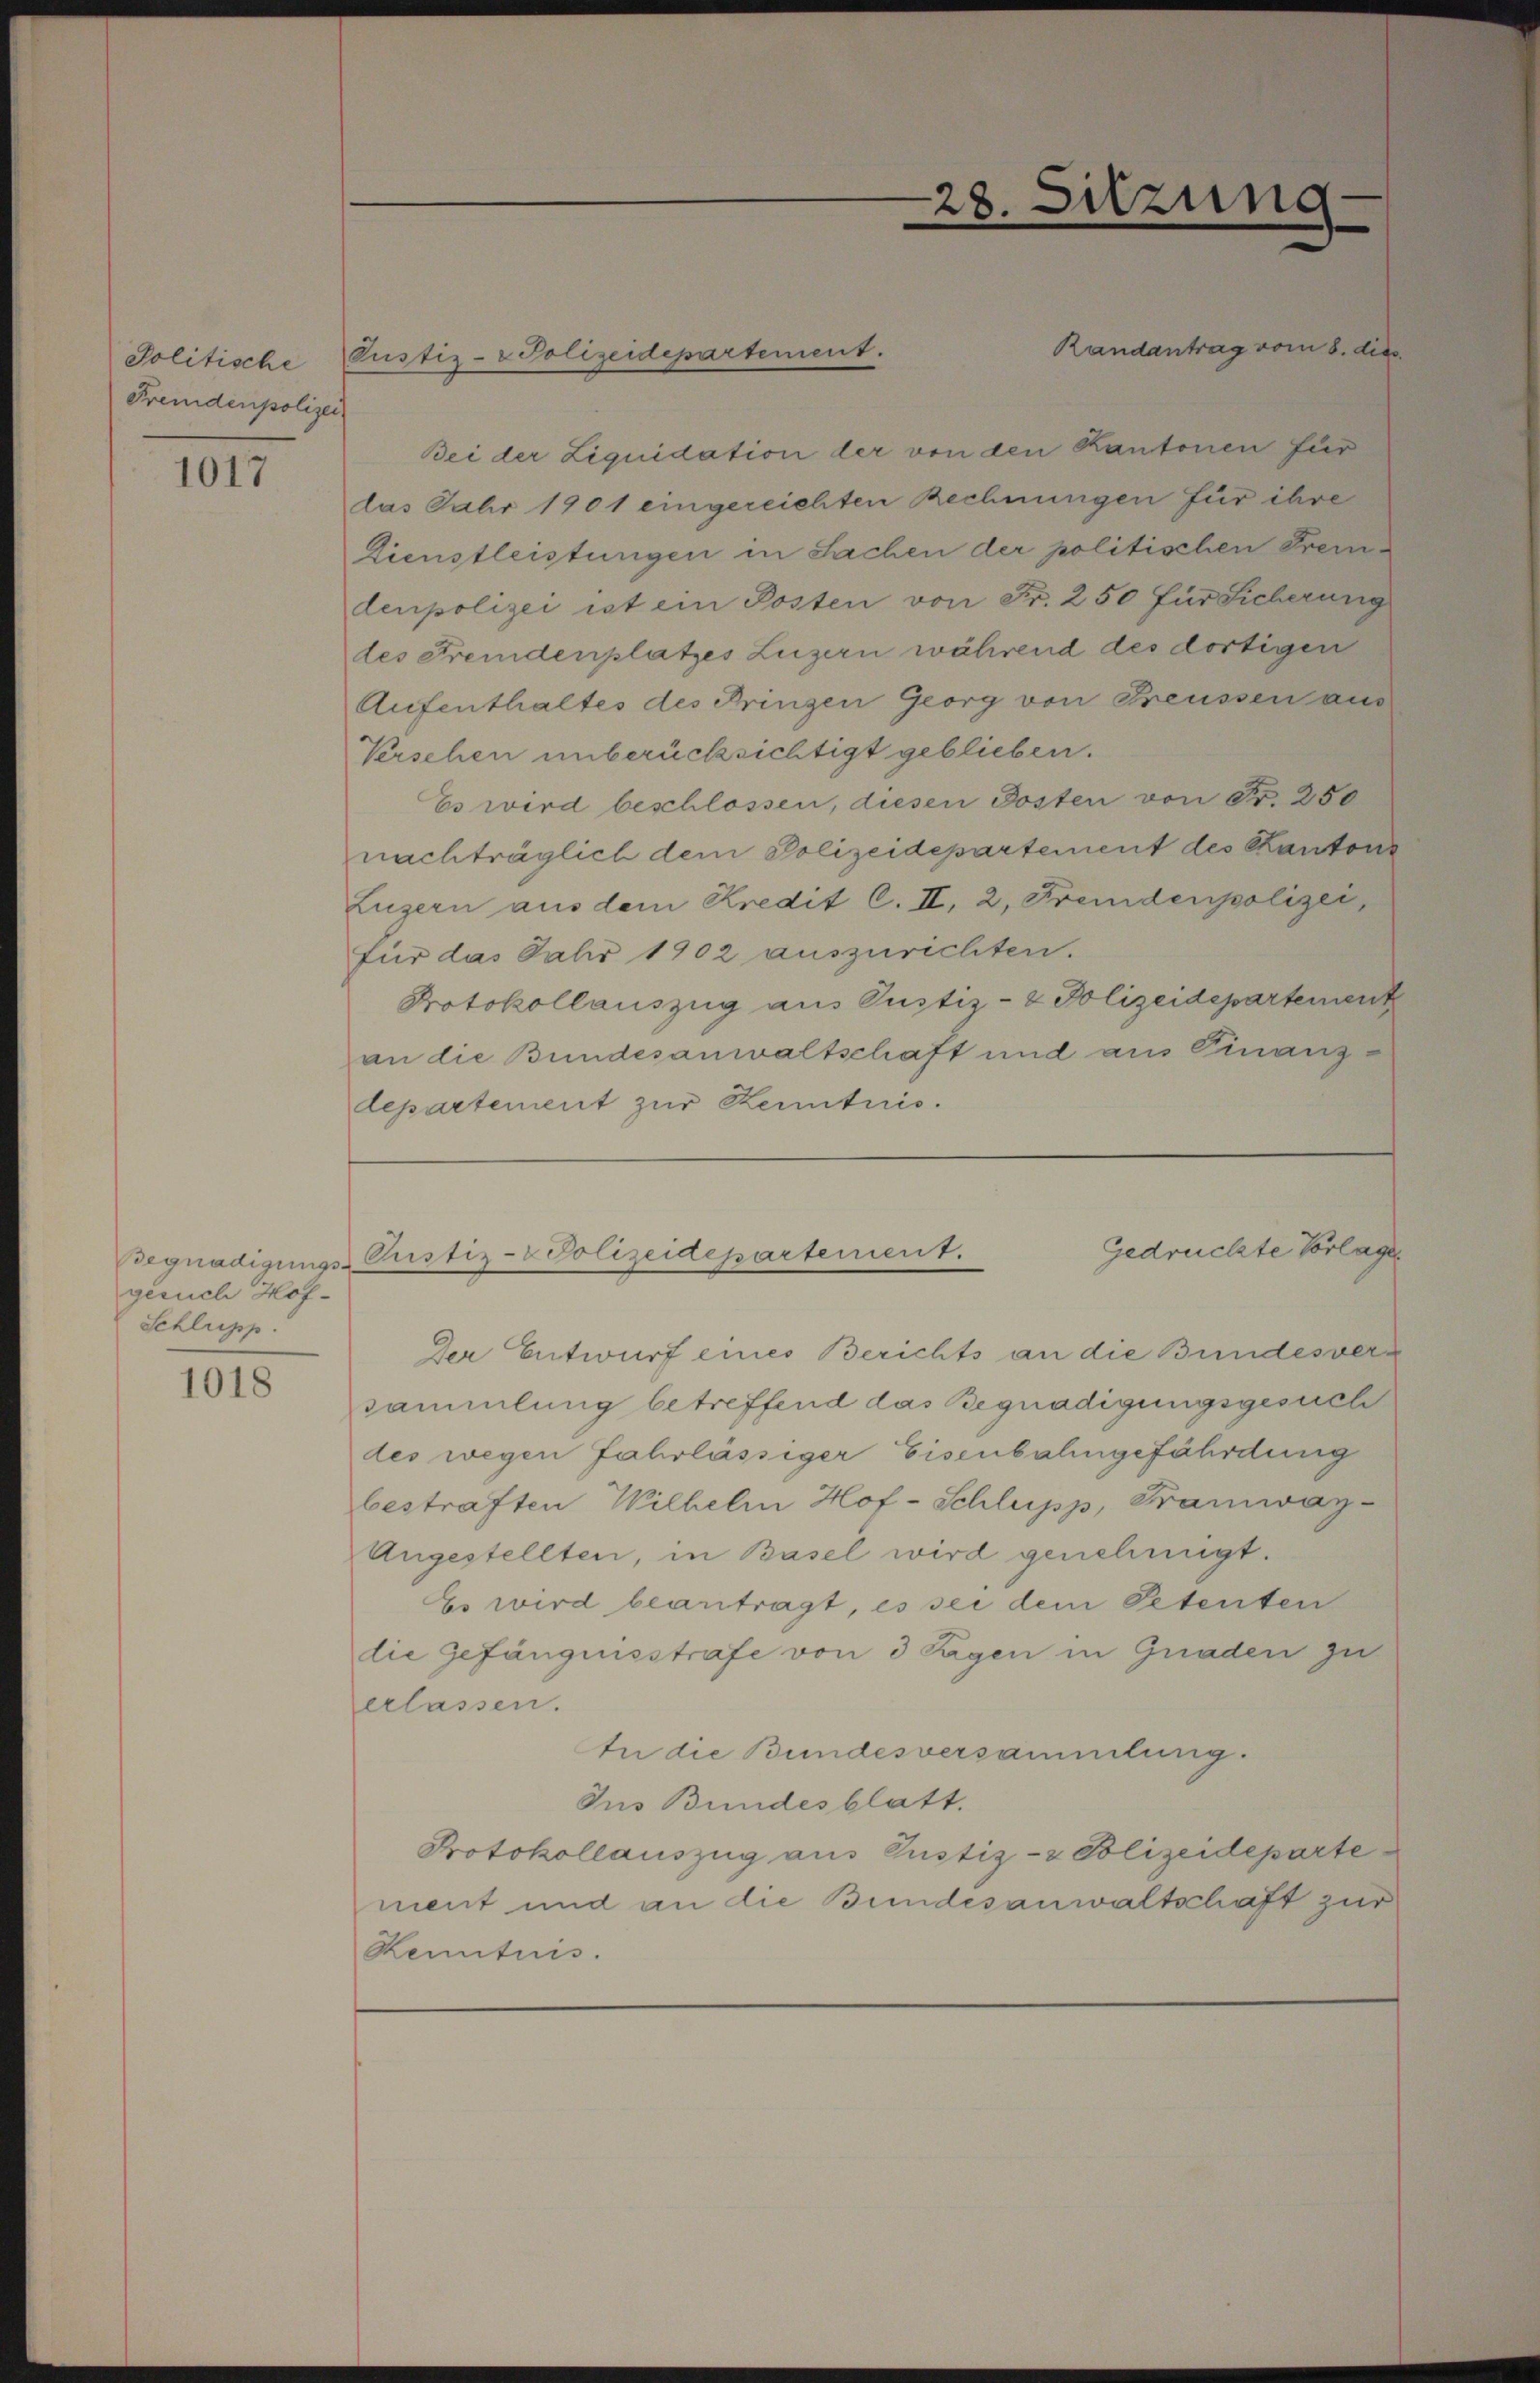
Politische
Fremdenpolizei

1017

geruch Hof¬
Schlussp

1018

Pustiz- & Polizeidepartement.

28. Sitzung.

Randantrag vom 8. dies
Bei der Liquidation der von den Kantonen für
das Jahr 1901 eingereichten Rechnungen für ihre
Dienstleistungen in Sachen der politischen Frei-
denpolizei ist ein Posten von Fr. 250 für Sicherung
des Fremdenplatzes Luzern während des dortigen
Aufenthaltes des Prinzen Georg von Preussen aus
Verschen unberücksichtigt geblieben.
Es wird beschlossen, diesen Posten von Fr. 250
nachträglich dem Polizeidepartement des Kantons
Luzern aus dem Kredit C. II, 2, Fremdenpolizei,
für das Jahr 1902 auszurichten.
Protokollauszug aus Justiz- & Polizeidepartement
an die Bundesanwaltschaft und aus Finanz-
departement zur Kenntnis.

Gedrückte Vorlage
Begnadigungs- Pustiz-Polizeidepartement.

Der Entwurf eines Berichts an die Bundesversammlung betreffend das Begnadigungsgesuch
des wegen Jahrlässiger Eisenbahngefährdung
bestraften Wilhelm Hof-Schlupp, Tramway-
Angestellten, in Basel wird genehmigt.
Es wird beantragt, es sei dem Petenten
die Gefängnisstrafe von 3 Tagen in Gnaden zu
erlassen.
In die Bundesversammlung.
Jus Bundesblatt.
Protokollauszug aus Justiz- & Polizeideparte
ment und an die Bundesanwaltschaft zur
Kenntnis.